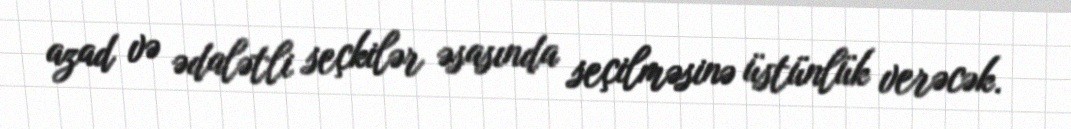
azad və ədalətli seçkilər əsasında seçilməsinə üstünlük verəcək.